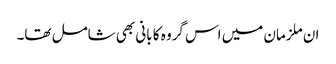
ان ملزمان میں اس گروہ کا بانی بھی شامل تھا۔